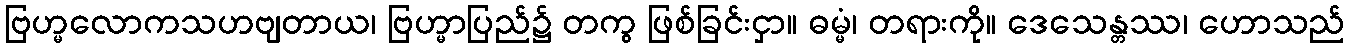
ဗြဟ္မလောကသဟဗျတာယ၊ ဗြဟ္မာပြည်၌ တကွ ဖြစ်ခြင်းငှာ။ ဓမ္မံ၊ တရားကို။ ဒေသေန္တဿ၊ ဟောသည်